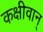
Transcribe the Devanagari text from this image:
कक्षीवान्